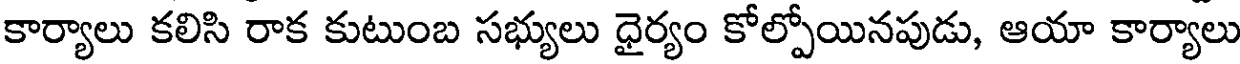
కార్యాలు కలిసి రాక కుటుంబ సభ్యులు ధైర్యం కోల్పోయినపుడు, ఆయా కార్యాలు